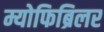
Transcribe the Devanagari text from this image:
म्योफिब्रिलर